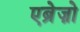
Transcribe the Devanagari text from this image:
एब्रेज़ो